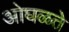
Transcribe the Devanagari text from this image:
ओघळते